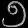
Digit: ၅